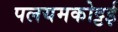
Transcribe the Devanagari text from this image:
पलयमकोट्टई